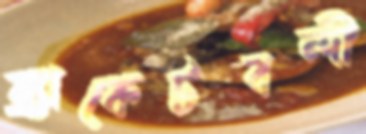
ব্র্যাকেটবন্দী